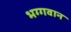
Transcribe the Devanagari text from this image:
भग्गवान